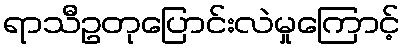
ရာသီဥတုပြောင်းလဲမှုကြောင့်